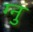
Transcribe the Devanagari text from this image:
ग्नु